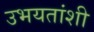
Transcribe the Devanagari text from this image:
उभयतांशी